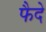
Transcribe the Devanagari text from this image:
फैदे